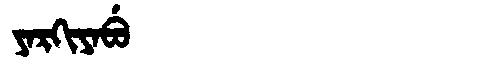
Manchu: ᠶᠠᡵᡴᡳᠶᠠᠪᡠ
Romanization: YARKIYABU